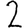
Digit: 2